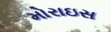
મોરાઇસ